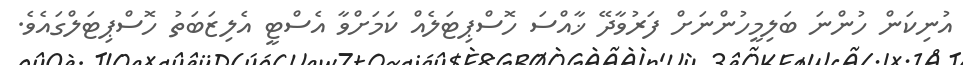
އުނިކަން ހުންނަ ބަލިމީހުންނަށް ފަރުވާދޭ ޚާއްސަ ހޮސްޕިޓަލެއް ކަމަށްވާ އެސްޓީ އެލިޒަބަތު ހޮސްޕިޓަލްގައެވެ.